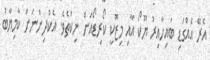
އެރޭ އެއްގަޑި ބައިހާއިރު ޔޫކޯ އާއި މިޒޫކީ ކޯރިޑޯއަށް ނިކުތެވެ. އެކުދިންނަށް ކާމިޔާބު